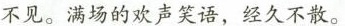
不见。满场的欢声笑语，经久不散。